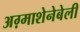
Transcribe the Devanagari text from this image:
अग़्माशेनेबेली